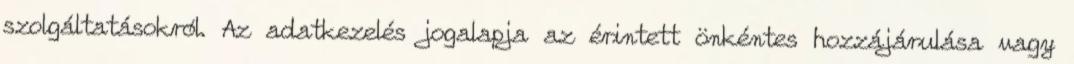
szolgáltatásokról. Az adatkezelés jogalapja az érintett önkéntes hozzájárulása vagy